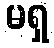
မရှ